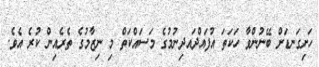
ހަށިގަނޑަށް ބޭނުންވާ ހަކަތަ އުފައްދައދިނުމުގެ މަސައްކަތް މި ނިޒާމުގެ ތެރެއިން ކުރެ އެވެ.